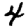
Digit: 4